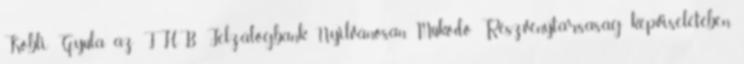
Köbli Gyula az FHB Jelzálogbank Nyilvánosan Működő Részvénytársaság képviseletében,